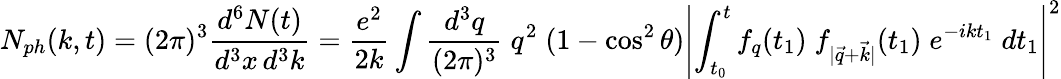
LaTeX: N_{ph}(k,t)=(2\pi)^{3}\frac{d^{6}N(t)}{d^{3}x\, d^{3}k}=\frac{e^{2}}{2k}\int\frac{d^{3}q}{(2\pi)^{3}}\; q^{2}\; (1-\cos^{2}\theta)\left|\int_{t_{0}}^{t}f_{q}(t_{1})\; f_{|\vec{q}+\vec{k}|}(t_{1})\; e^{-ikt_{1}}\; dt_{1}\right|^{2}